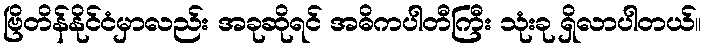
ဗြိတိန်နိုင်ငံမှာလည်း အခုဆိုရင် အဓိကပါတီကြီး သုံးခု ရှိလာပါတယ်။